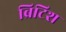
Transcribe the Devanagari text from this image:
ब्रिटिश